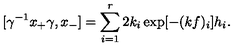
[ \gamma ^ { - 1 } x _ { + } \gamma , x _ { - } ] = \sum _ { i = 1 } ^ { r } 2 k _ { i } \exp [ - ( k f ) _ { i } ] h _ { i } .